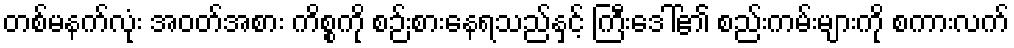
တစ်မနက်လုံး အဝတ်အစား ကိစ္စကို စဉ်းစားနေရသည်နှင့် ကြီးဒေါ်၏ စည်းကမ်းများကို စကားလက်